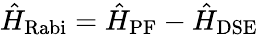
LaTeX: \hat{H}_{\mathrm{Rabi}}=\hat{H}_{\mathrm{PF}}-\hat{H}_{\mathrm{DSE}}